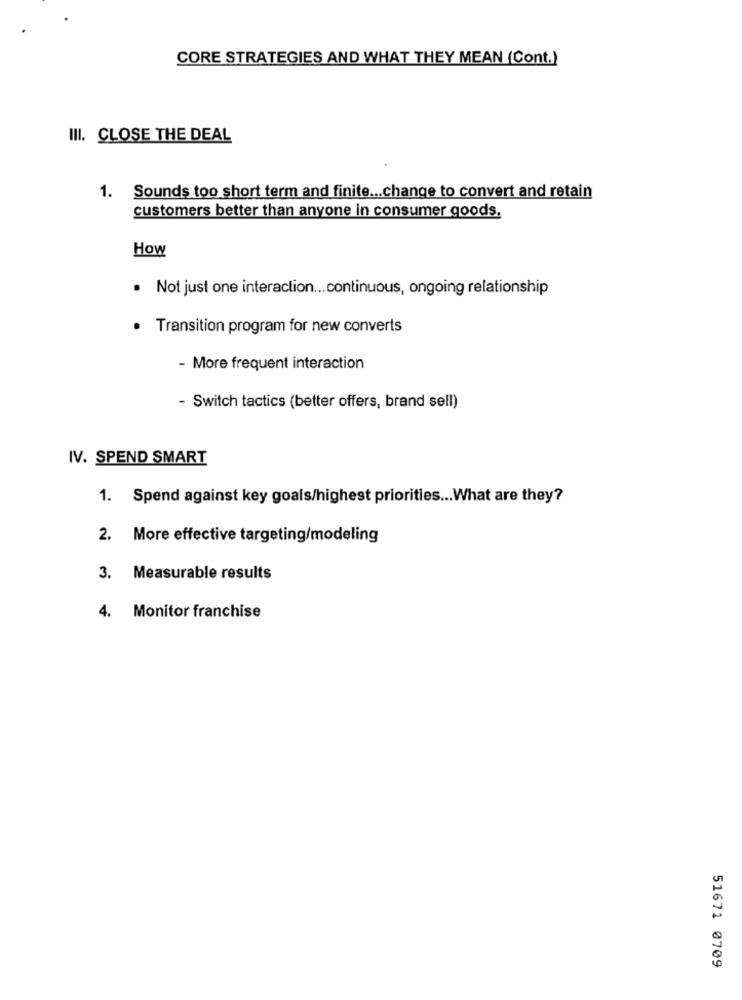
CORE STRATEGIES AND WHAT THEY MEAN (Cont.)
III. CLOSE THE DEAL
1. Sounds too short term and finite ... change to convert and retain
customers better than anyone in consumer goods.
How
· Not just one interaction ... continuous, ongoing relationship
Transition program for new converts
- More frequent interaction
- Switch tactics (better offers, brand sell)
IV. SPEND SMART
1. Spend against key goals/highest priorities ... What are they?
2. More effective targeting/modeling
3. Measurable results
4. Monitor franchise
51671 0709